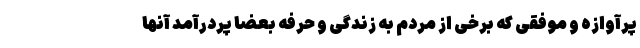
پرآوازه و موفقی که برخی از مردم به زندگی و حرفه بعضا پردرآمد آنها